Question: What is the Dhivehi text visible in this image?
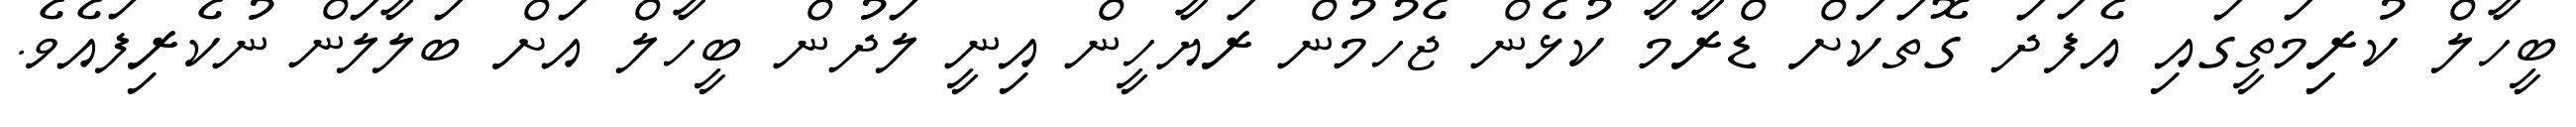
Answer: ބީހާލް ކުރިިމަތީގައި އެފަދަ ގޮތަކަށް ޑްރާމާ ކުޅެން ޖެހުމުން ރަޔާހީން އިނީ ލަދުން ބީހާލް އަށް ބަލާލަން ނުކެރިފައެވެ.